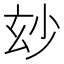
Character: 玅